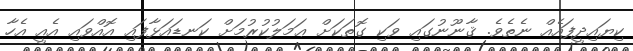
ކިޔައިދީފައެއް ނެތެވެ. ޤާނޫނުގައި ވަކި ގޮތަކަށް ޢަމަލުކުރުމަށް ކަނޑައަޅާފައި އޮއްވައި އެއީ އެހާ